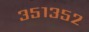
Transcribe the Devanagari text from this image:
३५१३५२